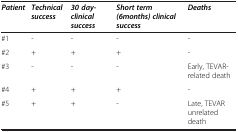
| Patient | Technical success | 30 day-clinical success | Short term (6months) clinical success | Deaths |
 | --- | --- | --- | --- | --- |
 | #1 | - | - | - | - |
 | #2 | + | + | + | - |
 | #3 | - | - | - | Early, TEVAR-related death |
 | #4 | + | + | + | - |
 | #5 | + | + | - | Late, TEVAR unrelated death |